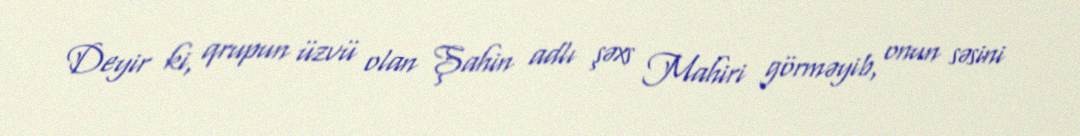
Deyir ki, qrupun üzvü olan Şahin adlı şəxs Mahiri görməyib, onun səsini